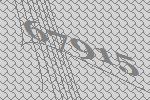
67915